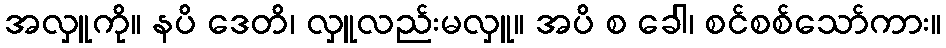
အလှူကို။ နပိ ဒေတိ၊ လှူလည်းမလှူ။ အပိ စ ခေါ၊ စင်စစ်သော်ကား။